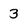
Character: 3